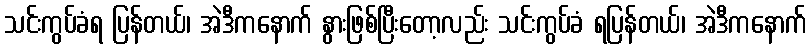
သင်းကွပ်ခံရ ပြန်တယ်၊ အဲဒီကနောက် နွားဖြစ်ပြီးတော့လည်း သင်းကွပ်ခံ ရပြန်တယ်၊ အဲဒီကနောက်